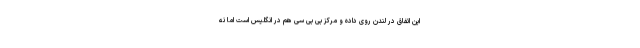
این اتفاق در لندن روی داده و مرکز بی بی سی هم در انگلیس است اما نه